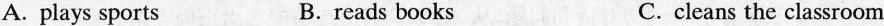
A. plays sports B. reads books C. cleans the classroom